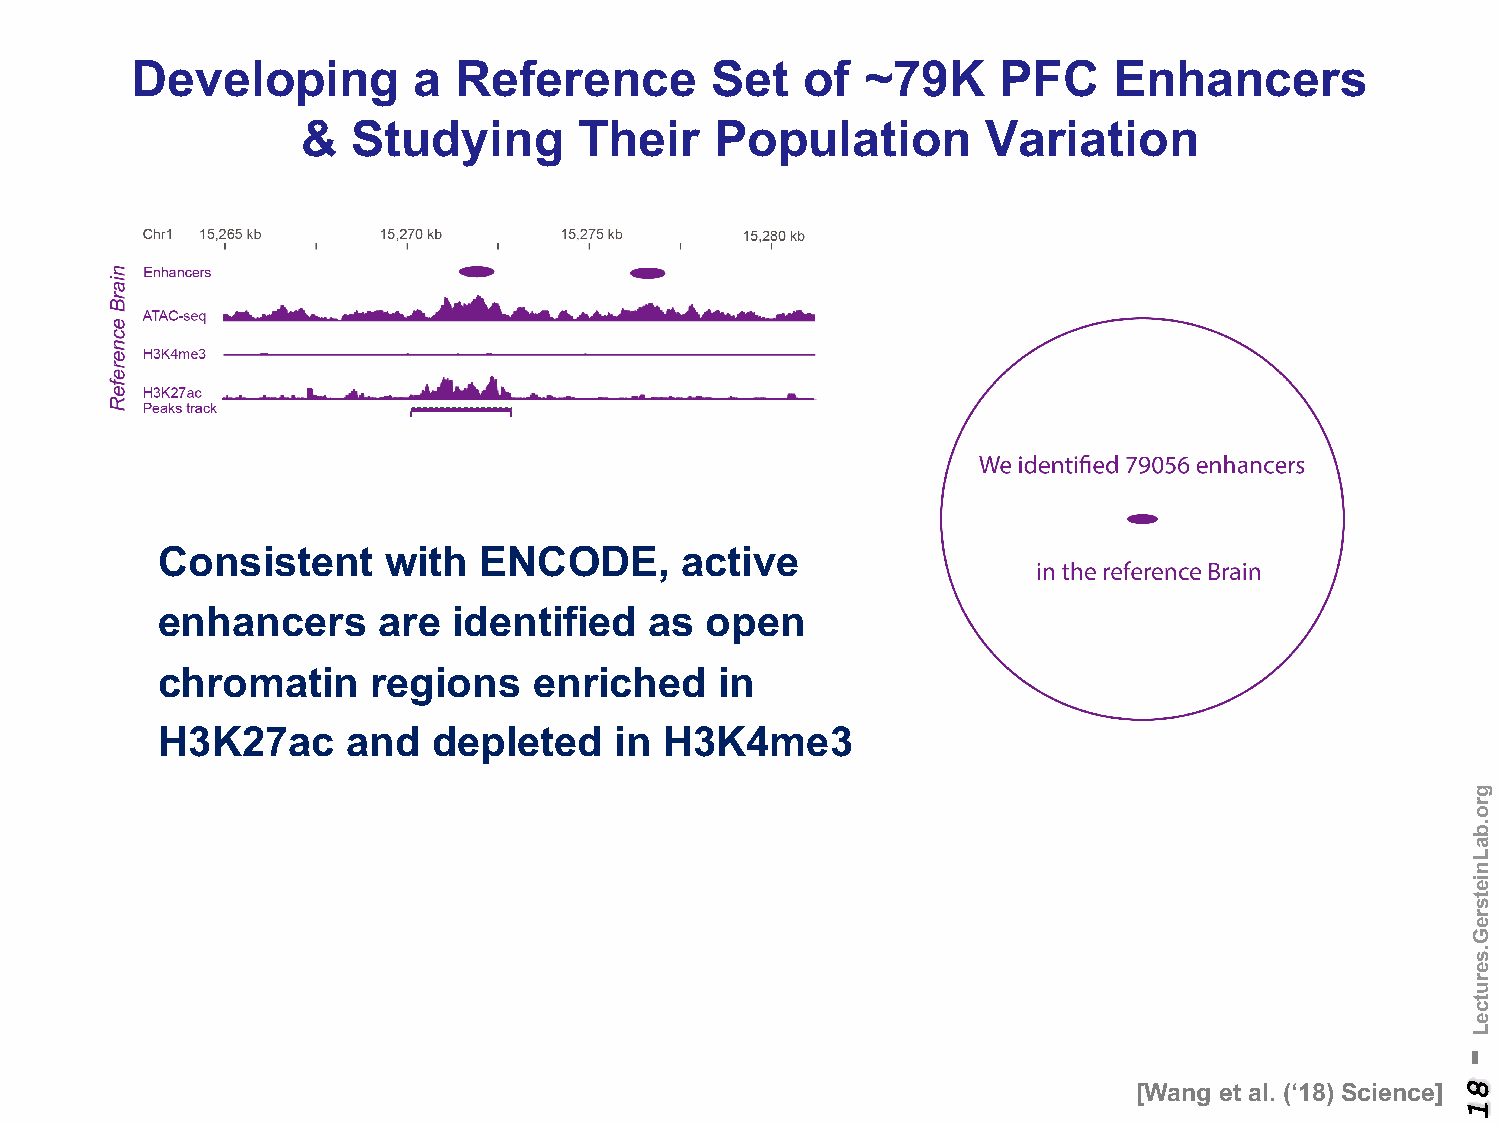
Characterize     brain   specific  enhancers
 Developing        a  Reference        Set   of  ~79K     PFC     Enhancers
 &  Studying       Their    Population        Variation
 Consistent     with   ENCODE,      active
 enhancers      are  identified   as  open
 chromatin      regions   enriched     in
 H3K27ac      and   depleted    in H3K4me3
 [Wang et al. (‘18) Science]
 -
 81
 gro.baLnietsreG.serutceL